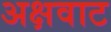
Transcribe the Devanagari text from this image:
अक्षवाट